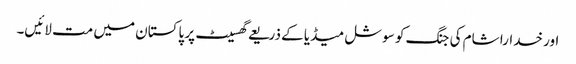
اور خدارا شام کی جنگ کو سوشل میڈیا کے ذریعے گھسیٹ پر پاکستان میں مت لائیں۔